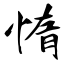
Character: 惰